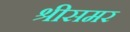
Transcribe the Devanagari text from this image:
श्रीसमर